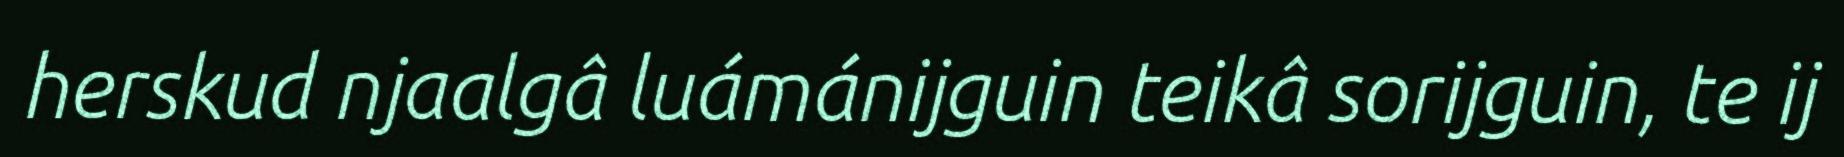
herskud njaalgâ luámánijguin teikâ sorijguin, te ij